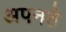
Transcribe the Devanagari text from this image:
अपनते